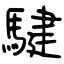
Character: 騝